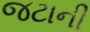
જટાની